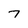
Character: 7